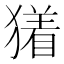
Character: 𬍃